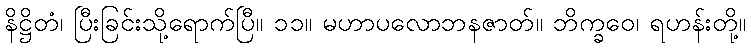
နိဋ္ဌိတံ၊ ပြီးခြင်းသို့ရောက်ပြီ။ ၁၁။ မဟာပလောဘနဇာတ်။ ဘိက္ခဝေ၊ ရဟန်းတို့။